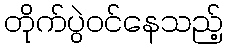
တိုက်ပွဲဝင်နေသည့်